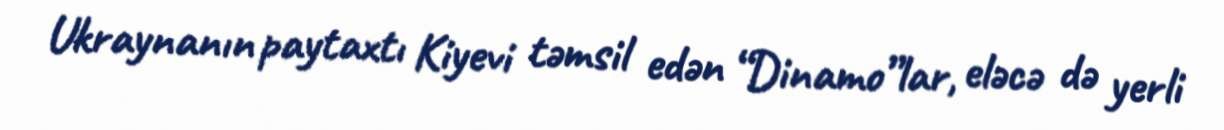
Ukraynanın paytaxtı Kiyevi təmsil edən “Dinamo”lar, eləcə də yerli